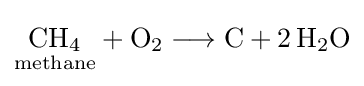
{{\underset {\mathrm {methane} }{\mathrm {CH} {\vphantom {A}}_{\smash[{t}]{4}}}}{}+{}\mathrm {O} {\vphantom {A}}_{\smash[{t}]{2}}{}\mathrel {\longrightarrow } {}\mathrm {C} {}+{}2\,\mathrm {H} {\vphantom {A}}_{\smash[{t}]{2}}\mathrm {O} }